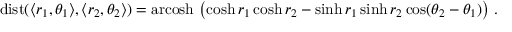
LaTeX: \operatorname { d i s t } ( \langle r _ { 1 } , \theta _ { 1 } \rangle , \langle r _ { 2 } , \theta _ { 2 } \rangle ) = \operatorname { a r c o s h } \, \left( \cosh r _ { 1 } \cosh r _ { 2 } - \sinh r _ { 1 } \sinh r _ { 2 } \cos ( \theta _ { 2 } - \theta _ { 1 } ) \right) \, .